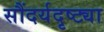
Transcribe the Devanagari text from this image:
सौंदर्यदृष्ट्या